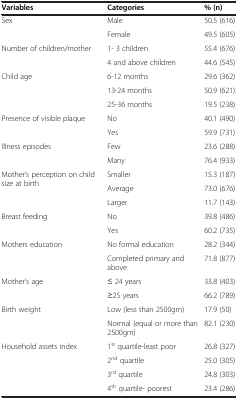
| Variables | Categories | % (n) |
 | --- | --- | --- |
 | <ROWSPAN=2> Sex | Male | 50.5 (616) |
 | Female | 49.5 (605) |
 | <ROWSPAN=2> Number of children/mother | 1- 3 children | 55.4 (676) |
 | 4 and above children | 44.6 (545) |
 | <ROWSPAN=3> Child age | 6-12 months | 29.6 (362) |
 | 13-24 months | 50.9 (621) |
 | 25-36 months | 19.5 (238) |
 | <ROWSPAN=2> Presence of visible plaque | No | 40.1 (490) |
 | Yes | 59.9 (731) |
 | <ROWSPAN=2> Illness episodes | Few | 23.6 (288) |
 | Many | 76.4 (933) |
 | <ROWSPAN=3> Mother’s perception on child size at birth | Smaller | 15.3 (187) |
 | Average | 73.0 (676) |
 | Larger | 11.7 (143) |
 | <ROWSPAN=2> Breast feeding | No | 39.8 (486) |
 | Yes | 60.2 (735) |
 | <ROWSPAN=2> Mothers education | No formal education | 28.2 (344) |
 | Completed primary and above | 71.8 (877) |
 | <ROWSPAN=2> Mother’s age | ≤ 24 years | 33.8 (403) |
 | ≥25 years | 66.2 (789) |
 | <ROWSPAN=2> Birth weight | Low (less than 2500gm) | 17.9 (50) |
 | Normal (equal or more than 2500gm) | 82.1 (230) |
 | <ROWSPAN=4> Household assets index | 1st quartile-least poor | 26.8 (327) |
 | 2nd quartile | 25.0 (305) |
 | 3rd quartile | 24.8 (303) |
 | 4th quartile- poorest | 23.4 (286) |